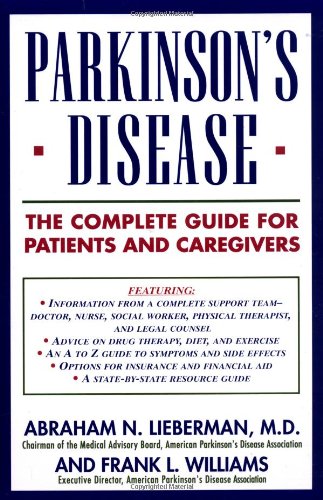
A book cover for Parkinson's Disease: The Complete Guide for Patients and Caregivers; Abraham N. Lieberman; Health, Fitness & Dieting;